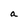
Character: a